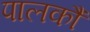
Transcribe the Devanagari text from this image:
पालकौं